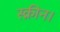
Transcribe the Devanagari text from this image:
स्क्रीन।